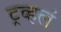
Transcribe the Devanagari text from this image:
ट्रव्हलं